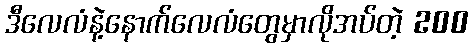
ဒီလေလံနဲ့နောက်လေလံတွေမှာလိုအပ်တဲ့ 200